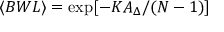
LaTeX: \langle B W L \rangle = \exp [ - K A _ { \Delta } / ( N - 1 ) ]